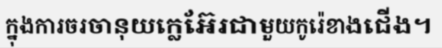
ក្នុងការចរចានុយក្លេអ៊ែរជាមួយកូរ៉េខាងជើង។